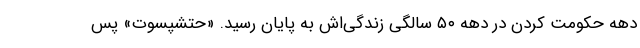
دهه حکومت کردن در دهه ۵۰ سالگی زندگی‌اش به پایان رسید. «حتشپسوت» پس